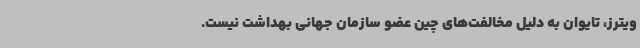
ویترز، تایوان به دلیل مخالفت‌های چین عضو سازمان جهانی بهداشت نیست.